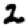
Digit: 2